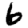
Digit: 6